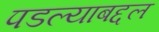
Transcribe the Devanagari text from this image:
पडल्याबद्दल